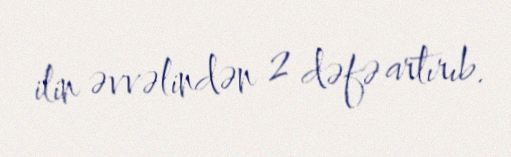
ilin əvvəlindən 2 dəfə artırıb.